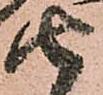
由